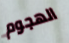
الهجوم